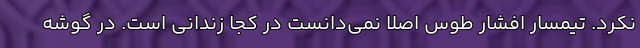
نکرد. تیمسار افشار طوس اصلاً نمی‌دانست در کجا زندانی است. در گوشه